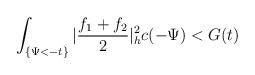
LaTeX: \begin{align*}\int_{\{\Psi<-t\}}|\frac{f_1+f_2}{2}|^2_hc(-\Psi)< G(t)\end{align*}